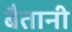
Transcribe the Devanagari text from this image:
बैतानी